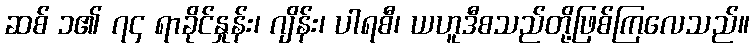
ဆစ် ၁၏ ၇၄ ရာခိုင်နှုန်း၊ ဂျိန်း၊ ပါရစီ၊ ယဟူဒီစသည်တို့ဖြစ်ကြလေသည်။